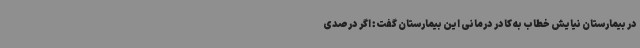
در بیمارستان نیایش خطاب به کادر درمانی این بیمارستان گفت: اگر درصدی